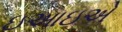
ઇઆઇએ